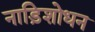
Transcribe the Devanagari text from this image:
नाड़िशोधन